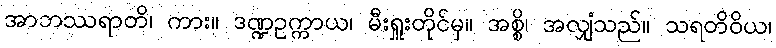
အာဘဿရာတိ၊ ကား။ ဒဏ္ဍဥက္ကာယ၊ မီးရှူးတိုင်မှ။ အစ္စိ၊ အလျှံသည်။ သရတိဝိယ၊